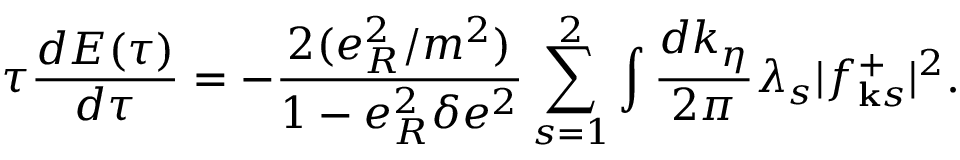
\tau \frac { d E ( \tau ) } { d \tau } = - \frac { 2 ( e _ { R } ^ { 2 } / m ^ { 2 } ) } { 1 - e _ { R } ^ { 2 } \delta e ^ { 2 } } \sum _ { s = 1 } ^ { 2 } \int \frac { d k _ { \eta } } { 2 \pi } \lambda _ { s } \vert f _ { { \bf k } s } ^ { + } \vert ^ { 2 } .